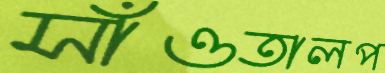
সাঁওতালপ